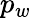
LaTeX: p_{w}